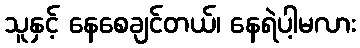
သူနှင့် နေစေချင်တယ်၊ နေရဲပါ့မလား